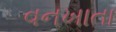
વનખાતા